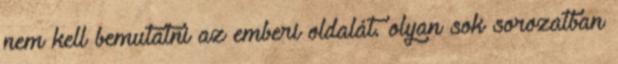
nem kell bemutatni az emberi oldalát. olyan sok sorozatban